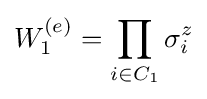
W_{1}^{(e)}=\prod _{i\in C_{1}}\sigma _{i}^{z}